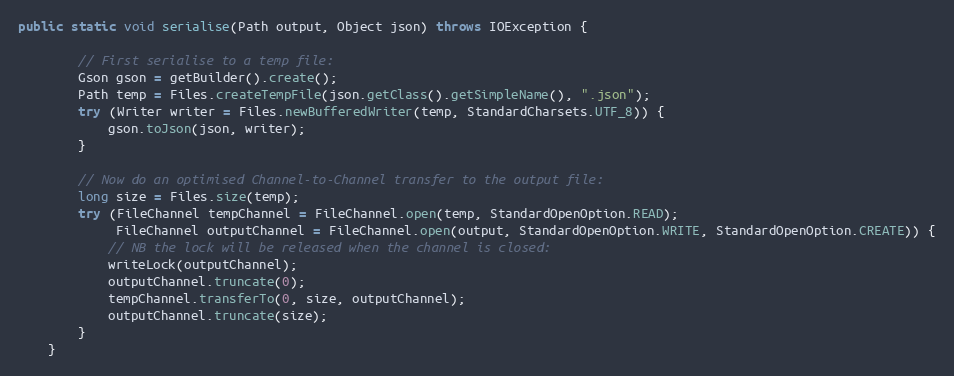
Language: Java
public static void serialise(Path output, Object json) throws IOException {

        // First serialise to a temp file:
        Gson gson = getBuilder().create();
        Path temp = Files.createTempFile(json.getClass().getSimpleName(), ".json");
        try (Writer writer = Files.newBufferedWriter(temp, StandardCharsets.UTF_8)) {
            gson.toJson(json, writer);
        }

        // Now do an optimised Channel-to-Channel transfer to the output file:
        long size = Files.size(temp);
        try (FileChannel tempChannel = FileChannel.open(temp, StandardOpenOption.READ);
             FileChannel outputChannel = FileChannel.open(output, StandardOpenOption.WRITE, StandardOpenOption.CREATE)) {
            // NB the lock will be released when the channel is closed:
            writeLock(outputChannel);
            outputChannel.truncate(0);
            tempChannel.transferTo(0, size, outputChannel);
            outputChannel.truncate(size);
        }
    }